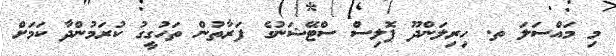
މި މައްސަލަ ތ. ހިރިލަންދޫ ޕޮލިސް ސްޓޭޝަނުގެ ފަރާތުން ތަހުގީގު ކުރަމުންދާ ކަމަށް